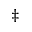
^ \ddagger